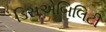
ડિસએબિલિટી